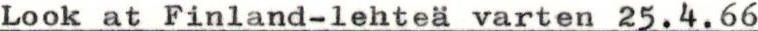
Look at Finland-lehteä varten 25.4.66